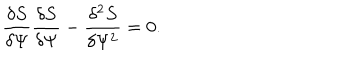
\frac { \delta S } { \delta \Psi } \frac { \delta S } { \delta \Psi } - \frac { \delta ^ { 2 } S } { \delta \Psi ^ { 2 } } = 0 .